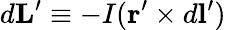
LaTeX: d\mathbf{L}^{\prime}\equiv-I(\mathbf{r}^{\prime}\times d\mathbf{l}^{\prime})